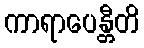
ကာရာပေန္တီတိ